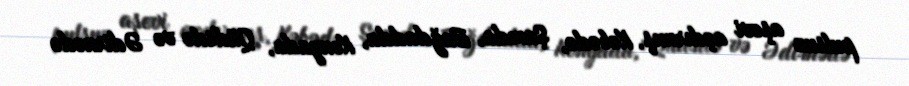
pulsuz aşevi açdırmış, Kəbədə, Şamda, Bağdadda, Konyada, Qüdsdə və Ədirnədə